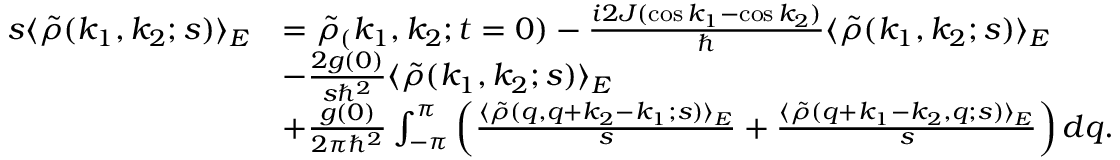
\begin{array} { r l } { s \langle \tilde { \rho } ( k _ { 1 } , k _ { 2 } ; s ) \rangle _ { E } } & { = \tilde { \rho } _ { ( } k _ { 1 } , k _ { 2 } ; t = 0 ) - \frac { i 2 J ( \cos k _ { 1 } - \cos k _ { 2 } ) } { \hbar } \langle \tilde { \rho } ( k _ { 1 } , k _ { 2 } ; s ) \rangle _ { E } } \\ & { - \frac { 2 g ( 0 ) } { s \hbar ^ { 2 } } \langle \tilde { \rho } ( k _ { 1 } , k _ { 2 } ; s ) \rangle _ { E } } \\ & { + \frac { g ( 0 ) } { 2 \pi \hbar ^ { 2 } } \int _ { - \pi } ^ { \pi } \left( \frac { \langle \tilde { \rho } ( q , q + k _ { 2 } - k _ { 1 } ; s ) \rangle _ { E } } { s } + \frac { \langle \tilde { \rho } ( q + k _ { 1 } - k _ { 2 } , q ; s ) \rangle _ { E } } { s } \right) d q . } \end{array}